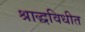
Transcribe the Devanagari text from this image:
श्राद्धविधीत